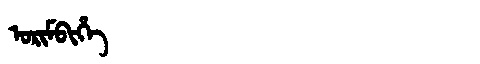
Manchu: ᠣᡵᡳᠮᠪᡳᡥᡝ
Romanization: ORIMBIHE